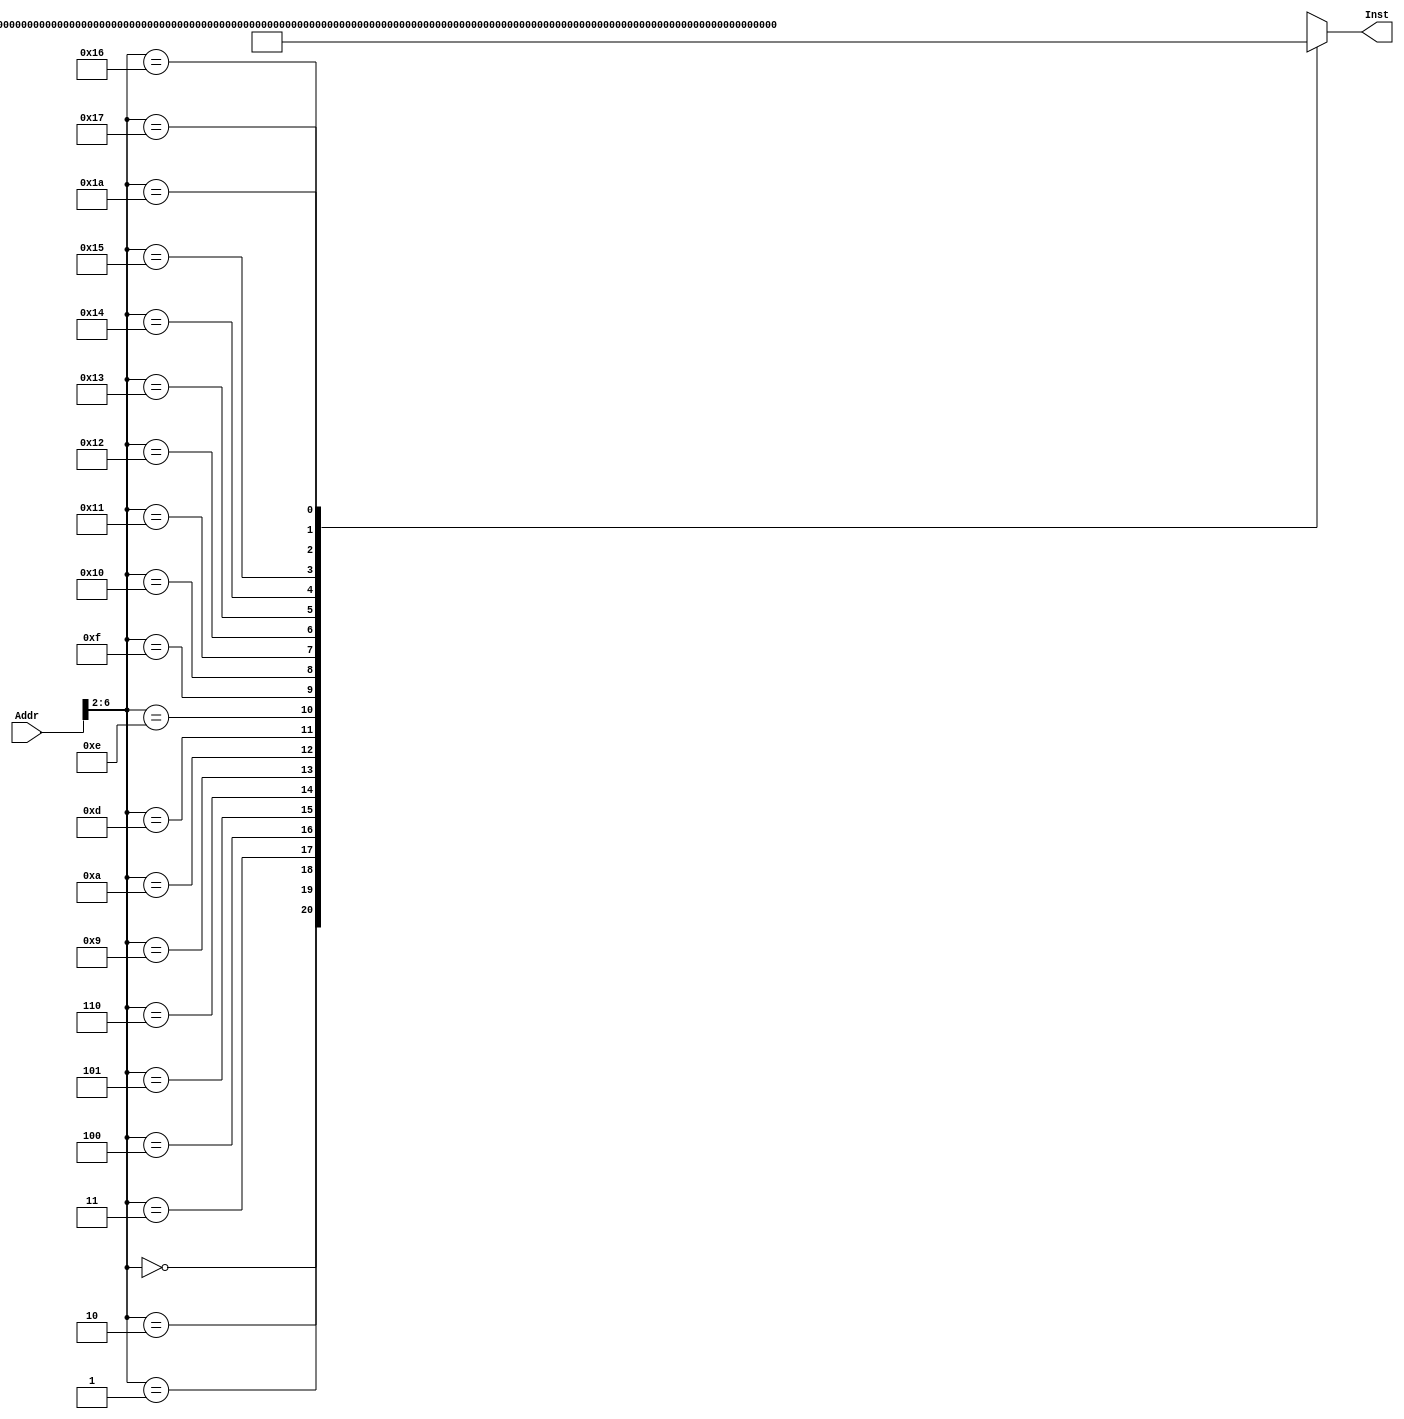
`timescale 1ns / 1ps
//////////////////////////////////////////////////////////////////////////////////
// Company: 
// Engineer: 
// 
// Design Name: 
// Module Name: INSTMEN
// Project Name: 
// Target Devices: 
// Tool Versions: 
// Description: 
// 
// Dependencies: 
// 
// Revision:
// Revision 0.01 - File Created
// Additional Comments:
// 
//////////////////////////////////////////////////////////////////////////////////
module INSTMEM(Addr,Inst);//
    input[31:0]Addr;
    //'0'
    output[31:0]Inst;
    wire[31:0]Rom[31:0];
    assign Rom[5'h00]=32'h20010008;//addi $1,$0,8 $1=8
    assign Rom[5'h01]=32'h3402000C;//ori $2,$0,12 $2=12
    assign Rom[5'h02]=32'h00221820;//add $3,$1,$2 $3=20
    assign Rom[5'h03]=32'h00412022;//sub $4,$2,$1 $4=4
    assign Rom[5'h04]=32'h00222824;//and $5,$1,$2 $5=8
    assign Rom[5'h05]=32'h00223025;//or $6,$1,$2 $6=12
    assign Rom[5'h06]=32'h14220002;//bne $1,$2,2
    assign Rom[5'h07]=32'hXXXXXXXX;
    assign Rom[5'h08]=32'hXXXXXXXX;
    assign Rom[5'h09]=32'h10220002;// beq $1,$2,2
    assign Rom[5'h0A]=32'h0800000D;// J 0D 
    assign Rom[5'h0B]=32'hXXXXXXXX;
    assign Rom[5'h0C]=32'hXXXXXXXX;
    assign Rom[5'h0D]=32'hAD02000A;// sw $2 10($8) memory[$8+10]=10
    assign Rom[5'h0E]=32'h8D04000A;//lw $4 10($8) $4=12
    assign Rom[5'h0F]=32'h00221826;//xor $3,$1,$2
    assign Rom[5'h10]=32'h00021900;//sll $3,$2,4
    assign Rom[5'h11]=32'h00021902;//srl $3,$2,4
    assign Rom[5'h12]=32'h00021903;//sra $3,$2,4
    assign Rom[5'h13]=32'h30470009;//andi $7,$2,9
    assign Rom[5'h14]=32'h382300EF;//xori $3,$1,0xef
    assign Rom[5'h15]=32'h3C011234;//lui $1,0x1234
    assign Rom[5'h16]=32'h0C00001A;//Jal 1A
    assign Rom[5'h17]=32'h0800001A;// J 1A
    assign Rom[5'h18]=32'hXXXXXXXX;
    assign Rom[5'h19]=32'hXXXXXXXX;
    assign Rom[5'h1A]=32'h03E00008;//Jr 16
    assign Rom[5'h1B]=32'hXXXXXXXX;
    assign Rom[5'h1C]=32'hXXXXXXXX;
    assign Rom[5'h1D]=32'hXXXXXXXX;
    assign Rom[5'h1E]=32'hXXXXXXXX;
    assign Rom[5'h1F]=32'hXXXXXXXX;
    assign Inst=Rom[Addr[6:2]];
endmodule